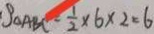
S _ { \Delta A B C } = \frac { 1 } { 2 } \times 6 \times 2 = 6